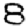
Digit: 8